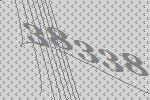
38338